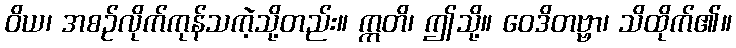
ဝိယ၊ အစဉ်လိုက်ကုန်သကဲ့သို့တည်း။ ဣတိ၊ ဤသို့။ ဝေဒိတဗ္ဗာ၊ သိထိုက်၏။